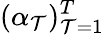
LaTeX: (\alpha_{\mathcal{T}})_{\mathcal{T}=1}^{T}